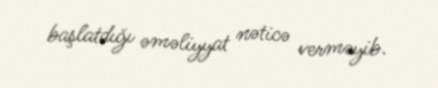
başlatdığı əməliyyat nəticə verməyib.